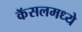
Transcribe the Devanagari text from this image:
कॅसलमध्ये